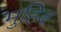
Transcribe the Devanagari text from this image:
मुहिब